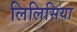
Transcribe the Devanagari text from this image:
लिलिसिया